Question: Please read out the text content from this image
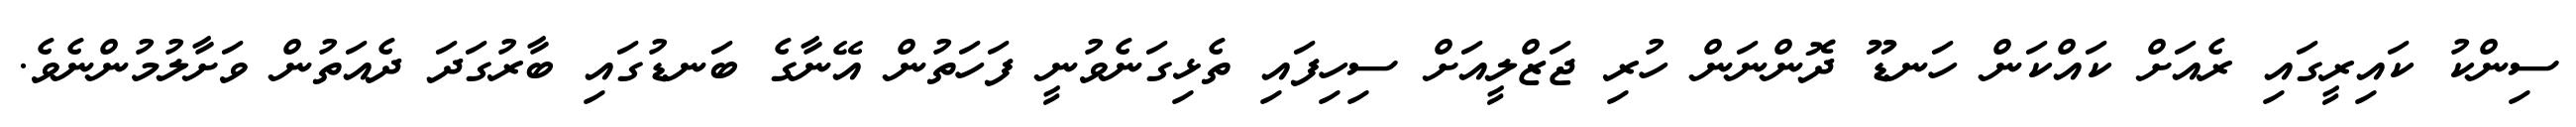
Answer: ސިންކު ކައިރީގައި ރެއަށް ކައްކަން ހަނޑޫ ދޮންނަން ހުރި ޖަޒްލީއަށް ސިހިފައި ތެޅިގަނެވުނީ ފަހަތުން އޭނާގެ ބަނޑުގައި ބާރުގަދަ ދެއަތުން ވަށާލުމުންނެވެ.